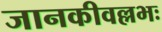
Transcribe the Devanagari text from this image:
जानकीवल्लभः